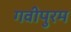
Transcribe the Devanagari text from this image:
गवीपुरम